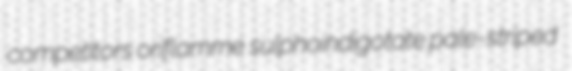
competitors oriflamme sulphoindigotate pale-striped